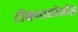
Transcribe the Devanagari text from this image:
टीकनालोजीज़